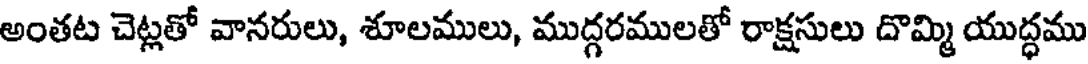
అంతట చెట్లతో వానరులు, శూలములు, ముద్గరములతో రాక్షసులు దొమ్మి యుద్ధము